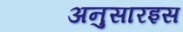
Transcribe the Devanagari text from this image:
अनुसारइस